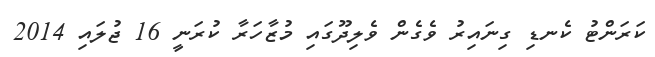
ކަރަންޓު ކެނޑި ގިނައިރު ވެގެން ވެލިދޫގައި މުޒާހަރާ ކުރަނީ 16 ޖުލައި 2014